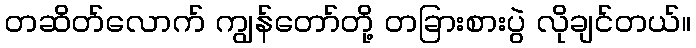
တဆိတ်လောက် ကျွန်တော်တို့ တခြားစားပွဲ လိုချင်တယ်။